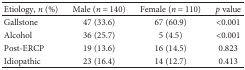
<table><thead><tr><td><b>Etiology, <i>n</i> (%)</b></td><td><b>Male (<i>n</i> = 140)</b></td><td><b>Female (<i>n</i> = 110)</b></td><td><b><i>p</i> value</b></td></tr></thead><tbody><tr><td>Gallstone</td><td>47 (33.6)</td><td>67 (60.9)</td><td>&lt;0.001</td></tr><tr><td>Alcohol</td><td>36 (25.7)</td><td>5 (4.5)</td><td>&lt;0.001</td></tr><tr><td>Post-ERCP</td><td>19 (13.6)</td><td>16 (14.5)</td><td>0.823</td></tr><tr><td>Idiopathic</td><td>23 (16.4)</td><td>14 (12.7)</td><td>0.413</td></tr></tbody></table>